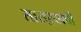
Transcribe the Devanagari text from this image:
सासऱ्याची